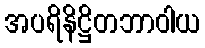
အပရိနိဋ္ဌိတဘာဝါယ